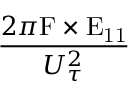
\frac { 2 \pi \mathrm { { F } \times E _ { 1 1 } } } { U _ { \tau } ^ { 2 } }